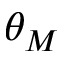
\theta _ { M }